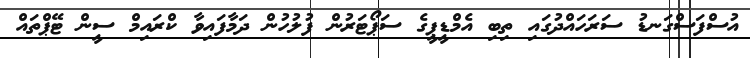
އުސްފަސްގަނޑު ސަރަހައްދުގައި ތިބި އެމްޑީޕީގެ ސަޕޯޓަރުން ފުލުހުން ދަމާފައިވާ ކްރައިމް ސީން ޓޭޕްތައް